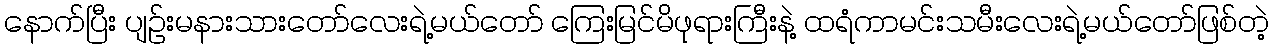
နောက်ပြီး ပျဉ်းမနားသားတော်လေးရဲ့မယ်တော် ကြေးမြင်မိဖုရားကြီးနဲ့ ထရံကာမင်းသမီးလေးရဲ့မယ်တော်ဖြစ်တဲ့